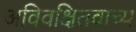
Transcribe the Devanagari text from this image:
अविवक्षितवाच्य